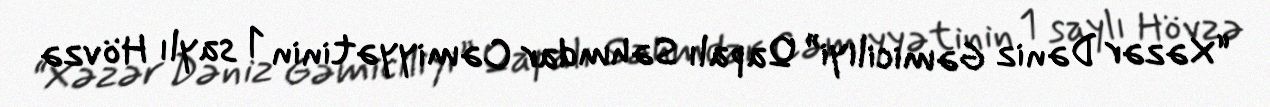
“Xəzər Dəniz Gəmiciliyi” Qapalı Səhmdar Cəmiyyətinin 1 saylı Hövzə